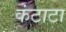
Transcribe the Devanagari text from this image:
कंटाटा